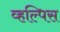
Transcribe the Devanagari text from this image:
व्हल्पिस